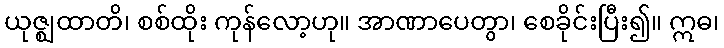
ယုဇ္ဈထာတိ၊ စစ်ထိုး ကုန်လော့ဟု။ အာဏာပေတွာ၊ စေခိုင်းပြီး၍။ ဣဓ၊